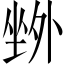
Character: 𡎢